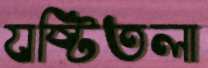
যষ্টিতলা